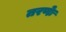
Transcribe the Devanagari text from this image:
तरणेः